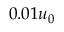
0 . 0 1 u _ { 0 }